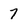
Character: 7